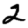
Digit: 2